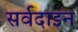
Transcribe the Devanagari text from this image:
सर्वदाइन